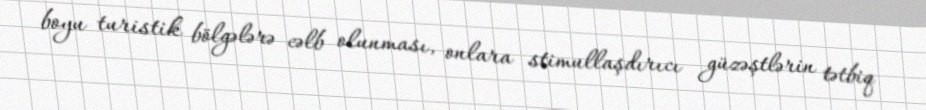
boyu turistik bölgələrə cəlb olunması, onlara stimullaşdırıcı güzəştlərin tətbiq